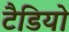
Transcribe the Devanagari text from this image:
टैडियो